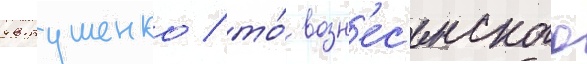
евтушенко / то́ возн'ес'енского